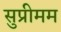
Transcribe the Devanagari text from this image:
सुप्रीमम